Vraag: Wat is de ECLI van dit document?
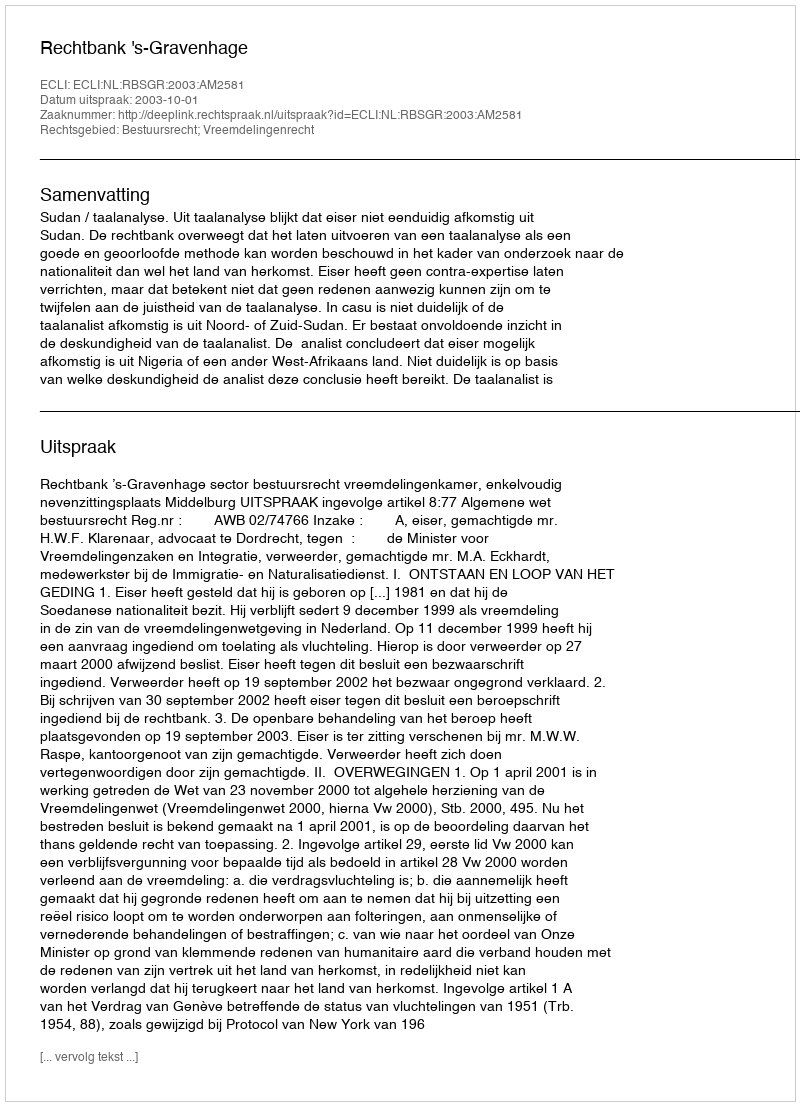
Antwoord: ECLI:NL:RBSGR:2003:AM2581